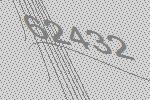
62432